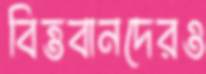
বিত্তবানদেরও